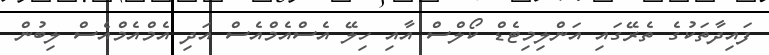
ފައިދާތަކުގެ ތެރޭގައި އަންލިމިޓެޑް ކޯލްސް އާއި ހިލޭ އެސްއެމްއެސް އަދި އެމްއެމްއެސް ލިބުން